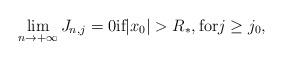
LaTeX: \begin{align*}\lim_{n \to +\infty}J_{n, j}=0 \mbox{if} \vert x_{0} \vert > R_{*}, \mbox{for} j \geq j_0 ,\end{align*}